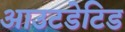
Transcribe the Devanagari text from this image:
आउटडेटिड